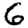
Digit: 6